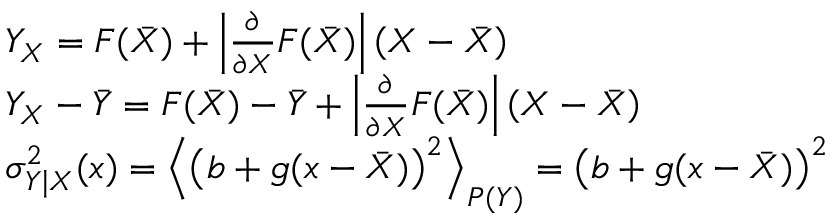
\begin{array} { r l } & { Y _ { X } = F ( \Bar { X } ) + \Big | \frac { \partial } { \partial X } F ( \Bar { X } ) \Big | \left( X - \Bar { X } \right) } \\ & { Y _ { X } - \Bar { Y } = F ( \Bar { X } ) - \Bar { Y } + \Big | \frac { \partial } { \partial X } F ( \Bar { X } ) \Big | \left( X - \Bar { X } \right) } \\ & { \sigma _ { Y \mid X } ^ { 2 } ( x ) = \Big \langle \big ( b + g ( x - \Bar { X } ) \big ) ^ { 2 } \Big \rangle _ { P ( Y ) } = \big ( b + g ( x - \Bar { X } ) \big ) ^ { 2 } } \end{array}